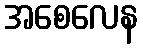
အစေလေန